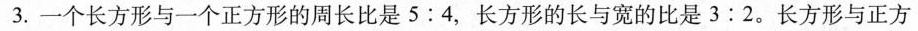
3.一个长方形与一个正方形的周长比是5:4，长方形的长与宽的比是3:2。长方形与正方